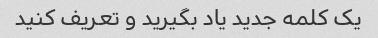
یک کلمه جدید یاد بگیرید و تعریف کنید